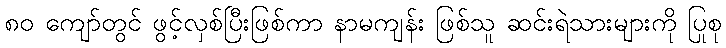
၈၀ ကျော်တွင် ဖွင့်လှစ်ပြီးဖြစ်ကာ နာမကျန်း ဖြစ်သူ ဆင်းရဲသားများကို ပြုစု